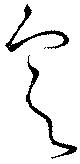
定